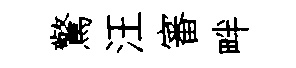
驚汪審畔